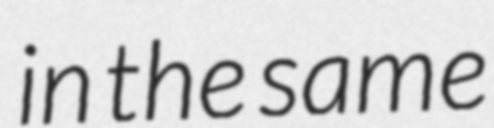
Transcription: in the same